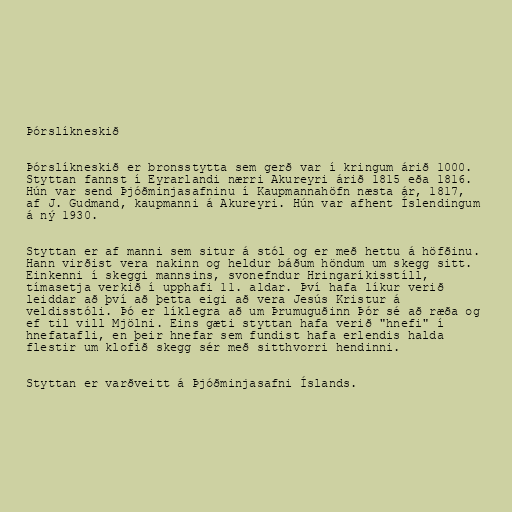
Þórslíkneskið

Þórslíkneskið er bronsstytta sem gerð var í kringum árið 1000.
Styttan fannst í Eyrarlandi nærri Akureyri árið 1815 eða 1816.
Hún var send Þjóðminjasafninu í Kaupmannahöfn næsta ár, 1817,
af J. Gudmand, kaupmanni á Akureyri. Hún var afhent Íslendingum
á ný 1930.

Styttan er af manni sem situr á stól og er með hettu á höfðinu.
Hann virðist vera nakinn og heldur báðum höndum um skegg sitt.
Einkenni í skeggi mannsins, svonefndur Hringaríkisstíll,
tímasetja verkið í upphafi 11. aldar. Því hafa líkur verið
leiddar að því að þetta eigi að vera Jesús Kristur á
veldisstóli. Þó er líklegra að um Þrumuguðinn Þór sé að ræða og
ef til vill Mjölni. Eins gæti styttan hafa verið "hnefi" í
hnefatafli, en þeir hnefar sem fundist hafa erlendis halda
flestir um klofið skegg sér með sitthvorri hendinni.

Styttan er varðveitt á Þjóðminjasafni Íslands.